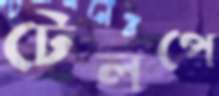
টেলপে